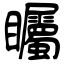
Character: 矚